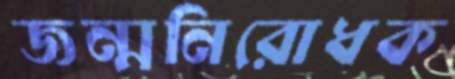
জন্মনিরোধক